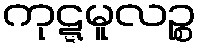
ကုဋ္ဋမူလဉ္စ